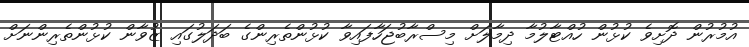
އުމުރުން ދޮށިވެ ކުޅުން ހުއްޓާލުމާ ދިމާލަށް މިސްރާބުޖަހާފައިވާ ކުޅުންތެރިންގެ ބަދަލުގައި ޒުވާން ކުޅުންތެރިންނަށް